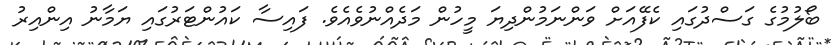
ބޯލުމުގެ ގަސްދުގައި ކެފޭއަށް ވަންނަމުންދިޔަ މީހުން މަދެއްނުވެއެވެ. ފައިސާ ކައުންޓަރުގައި ޔަމާނު އިންއިރު